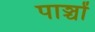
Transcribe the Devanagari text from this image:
पाञ्चों